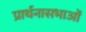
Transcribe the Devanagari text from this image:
प्रार्थनासभाओं